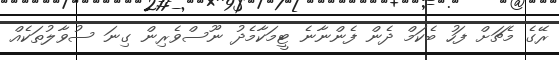
ރޭގެ މެޗަށް ފަހު ބެކަމް ދެން ފެންނާނެ ޓީމަކާމެދު ނޫސްވެރިން ގިނަ ސުވާލުތަކެއް